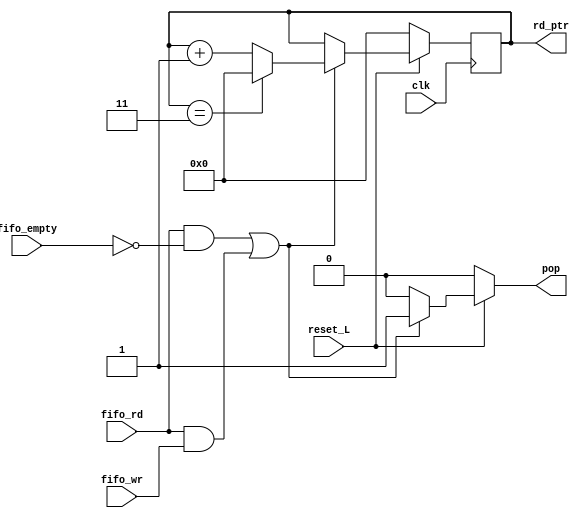
module read_logic 
#(
    parameter MEM_SIZE = 4,   //Tamano de memoria (Cantidad de entradas)
    parameter WORD_SIZE = 6,    //Cantidad de bits
    parameter PTR_L = 5        //Longitud de bits para el puntero
)
(
    input fifo_rd,
    input fifo_wr, // Se utiliza como senal de control
    input fifo_empty,
    input clk,
    input reset_L,
    output reg [PTR_L-1:0] rd_ptr,
    output reg pop
);

//Control de senal de pop, a partir de fifo_rd y fifo_empty
always @(*) begin
    if (reset_L) begin
        if ((fifo_rd && !fifo_empty) || (fifo_rd && fifo_wr)) begin
            pop = 1;
        end
        else begin
            pop = 0; //Caso que el fifo este vacio y se intente leer la memoria
        end
    end
    else begin
        pop=0;
    end
    
end


//Control del puntero del lectura, a partir de fifo_rd y fifo_empty
always @(posedge clk) begin
    if (!reset_L) begin
        rd_ptr <= 0;
    end 
    else begin
        if ((fifo_rd && !fifo_empty) || (fifo_rd && fifo_wr)) begin
            rd_ptr <= rd_ptr + 1;
            if (rd_ptr == MEM_SIZE-1) begin 
                rd_ptr <= 0;
            end
        end 
    end
end

endmodule